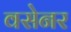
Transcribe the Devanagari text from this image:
वसेनर